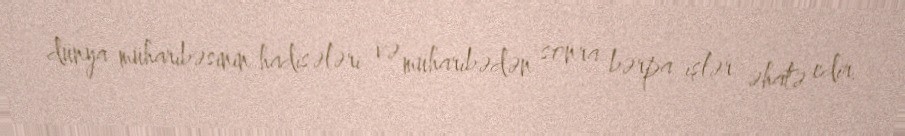
dünya müharibəsinin hadisələri və müharibədən sonra bərpa işlər əhatə edir.